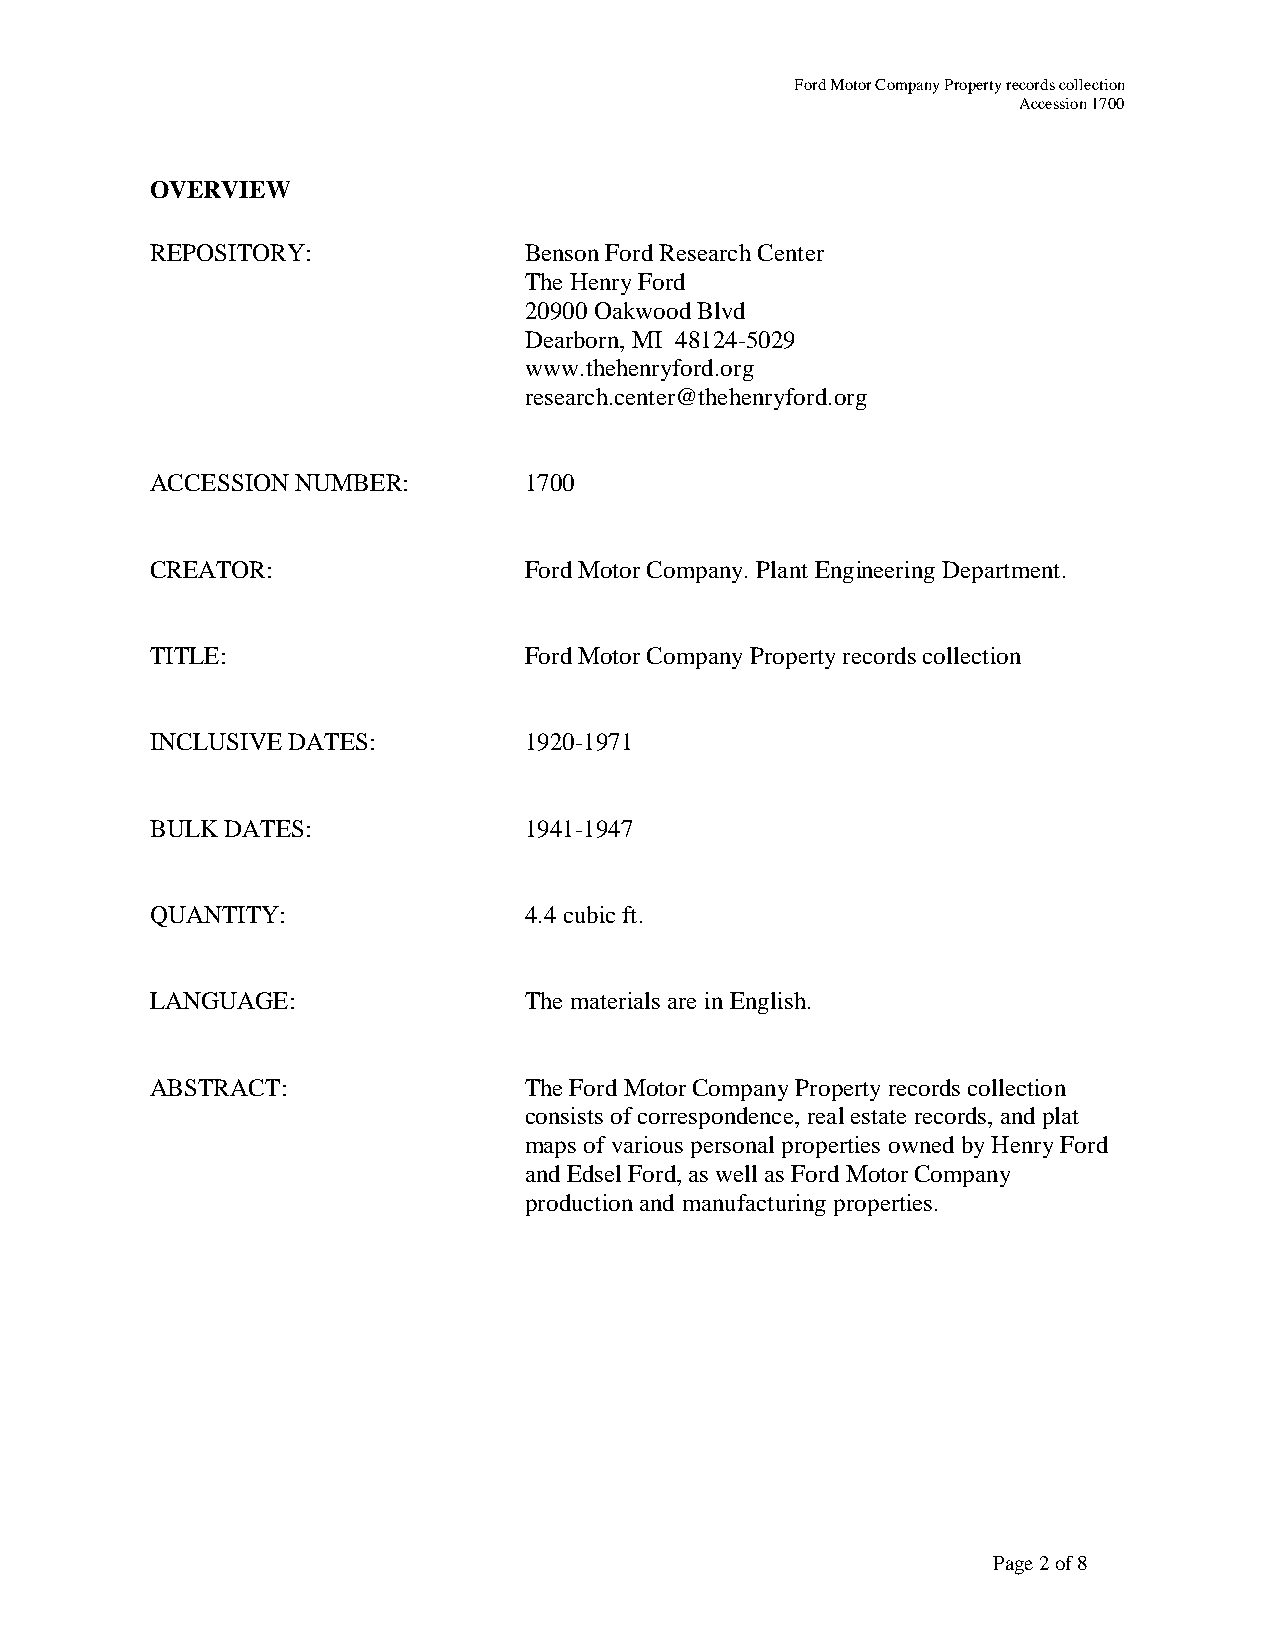
Ford Motor Company Property records collection
 Accession 1700
 OVERVIEW
 REPOSITORY:              Benson Ford Research Center
 The Henry Ford
 20900 Oakwood Blvd
 Dearborn, MI 48124-5029
 www.thehenryford.org
 research.center@thehenryford.org
 ACCESSION NUMBER:        1700
 CREATOR:                 Ford Motor Company. Plant Engineering Department.
 TITLE:                   Ford Motor Company Property records collection
 INCLUSIVE DATES:         1920-1971
 BULK DATES:              1941-1947
 QUANTITY:                4.4 cubic ft.
 LANGUAGE:                The materials are in English.
 ABSTRACT:                The Ford Motor Company Property records collection
 consists of correspondence, real estate records, and plat
 maps of various personal properties owned by Henry Ford
 and Edsel Ford, as well as Ford Motor Company
 production and manufacturing properties.
 Page 2 of 8